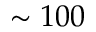
\sim 1 0 0